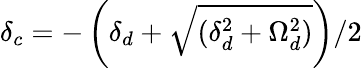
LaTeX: \delta_{c}=-\left(\delta_{d}+\sqrt{(\delta_{d}^{2}+\Omega_{d}^{2})}\right)/2